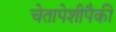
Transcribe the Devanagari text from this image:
चेतापेशीपैकी